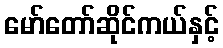
မော်တော်ဆိုင်ကယ်နှင့်